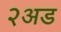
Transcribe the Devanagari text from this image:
२अड